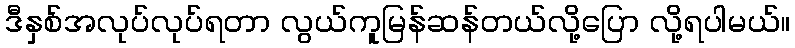
ဒီနှစ်အလုပ်လုပ်ရတာ လွယ်ကူမြန်ဆန်တယ်လို့ပြော လို့ရပါမယ်။